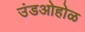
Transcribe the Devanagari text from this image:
उंडओहोळ